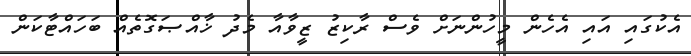
އެކުގައި އައި އެހެން މީހުންނަށް ވެސް ރާކިޒު ޒީވާއާ މެދު ޚާއްޞަގޮތެއް ބަހައްޓާކަން